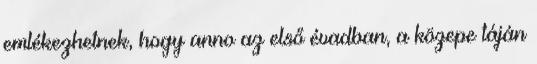
emlékezhetnek, hogy anno az első évadban, a közepe táján